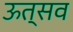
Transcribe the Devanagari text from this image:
ऊत्सव